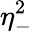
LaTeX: \eta_{-}^{2}